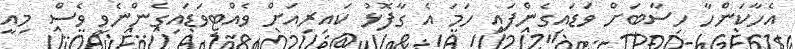
އެހާކަންހާ ހިސާބަށް ވަޑައިގެންފައި ހަމަ އެ ގާފޮޅު ކައިރިއަށް ވެއްޓިވަޑައިގެންނެވި ވެސް މިއީ